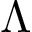
\Lambda